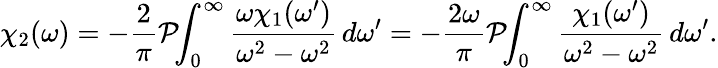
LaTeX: \chi_{2}(\omega)=-{\frac{2}{\pi}}{\mathcal{P}}\! \! \int_{0}^{\infty}{\frac{\omega\chi_{1}(\omega^{\prime})}{\omega^{2}-\omega^{2}}}\, d\omega^{\prime}=-{\frac{2\omega}{\pi}}{\mathcal{P}}\! \! \int_{0}^{\infty}{\frac{\chi_{1}(\omega^{\prime})}{\omega^{2}-\omega^{2}}}\, d\omega^{\prime}.